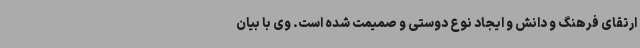
ارتقای فرهنگ و دانش و ایجاد نوع دوستی و صمیمت شده است. وی با بیان